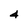
Character: 4